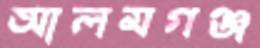
আলমগঞ্জ